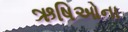
ઋષિઓના